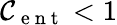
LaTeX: {\cal{\mathcal{C}}}_{\mathrm{{~e~n~t~}}}<1